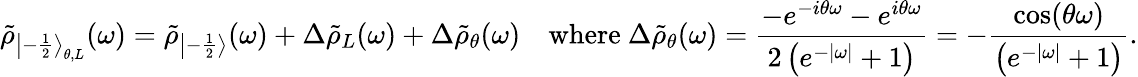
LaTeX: \tilde{\rho}_{{\left|-\frac 12\right\rangle}_{\theta,L}}(\omega)=\tilde{\rho}_{\left|-\frac 12\right\rangle}(\omega)+\Delta\tilde{\rho}_{L}(\omega)+\Delta\tilde{\rho}_{\theta}(\omega)\quad\mathrm{where}~\Delta\tilde{\rho}_{\theta}(\omega)=\frac{-e^{-i\theta\omega}-e^{i\theta\omega}}{2\left(e^{-|\omega|}+1\right)}=-\frac{\cos(\theta\omega)}{\left(e^{-|\omega|}+1\right)}.